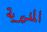
المديرية